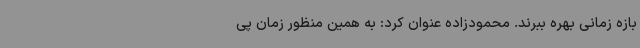
بازه زمانی بهره ببرند. محمودزاده عنوان کرد: به همین منظور زمان پی